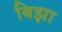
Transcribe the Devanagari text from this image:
बिझा